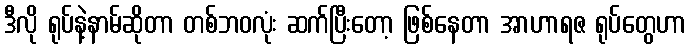
ဒီလို ရုပ်နဲ့နာမ်ဆိုတာ တစ်ဘဝလုံး ဆက်ပြီးတော့ ဖြစ်နေတာ အာဟာရဇ ရုပ်တွေဟာ